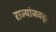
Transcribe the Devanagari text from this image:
राज्यांजवळून